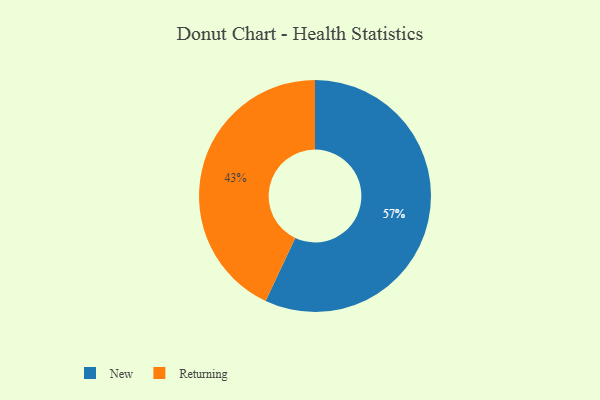
{"axis": {"x": "Category", "y": "Percentage"}, "legend": ["New", "Returning"], "data": [{"x": "Returning", "y": 43, "type": "Returning"}, {"x": "New", "y": 57, "type": "New"}]}